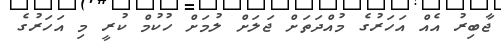
ޖާބިރު އެއް އަހަރުގެ މުއްދަތަށް ޖަލަށް ލުމަށް ހުކުމް ކުރީ މި އަހަރުގެ